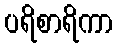
ပရိစာရိကာ